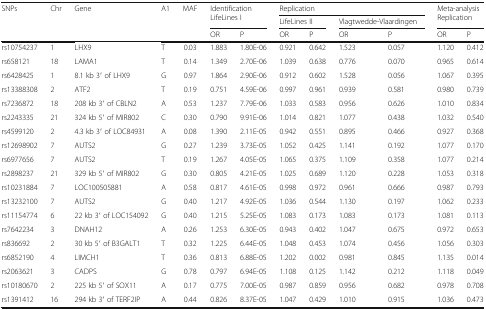
<table><thead><tr><td rowspan="3"><b>SNPs</b></td><td rowspan="3"><b>Chr</b></td><td rowspan="3"><b>Gene</b></td><td rowspan="3"><b>A1</b></td><td rowspan="3"><b>MAF</b></td><td rowspan="2" colspan="2"><b>Identification LifeLines I</b></td><td colspan="4"><b>Replication</b></td><td rowspan="2" colspan="2"><b>Meta-analysis Replication</b></td></tr><tr><td colspan="2"><b>LifeLines II</b></td><td colspan="2"><b>Vlagtwedde-Vlaardingen</b></td></tr><tr><td><b>OR</b></td><td><b>P</b></td><td><b>OR</b></td><td><b>P</b></td><td><b>OR</b></td><td><b>P</b></td><td><b>OR</b></td><td><b>P</b></td></tr></thead><tbody><tr><td>rs10754237</td><td>1</td><td>LHX9</td><td>T</td><td>0.03</td><td>1.883</td><td>1.80E-06</td><td>0.921</td><td>0.642</td><td>1.523</td><td>0.057</td><td>1.120</td><td>0.412</td></tr><tr><td>rs658121</td><td>18</td><td>LAMA1</td><td>T</td><td>0.14</td><td>1.349</td><td>2.70E-06</td><td>1.039</td><td>0.638</td><td>0.776</td><td>0.070</td><td>0.965</td><td>0.614</td></tr><tr><td>rs6428425</td><td>1</td><td>8.1 kb 3′ of LHX9</td><td>G</td><td>0.97</td><td>1.864</td><td>2.90E-06</td><td>0.912</td><td>0.602</td><td>1.528</td><td>0.056</td><td>1.067</td><td>0.395</td></tr><tr><td>rs13388308</td><td>2</td><td>ATF2</td><td>T</td><td>0.19</td><td>0.751</td><td>4.59E-06</td><td>0.997</td><td>0.961</td><td>0.939</td><td>0.581</td><td>0.980</td><td>0.739</td></tr><tr><td>rs7236872</td><td>18</td><td>208 kb 3′ of CBLN2</td><td>A</td><td>0.53</td><td>1.237</td><td>7.79E-06</td><td>1.033</td><td>0.583</td><td>0.956</td><td>0.626</td><td>1.010</td><td>0.834</td></tr><tr><td>rs2243335</td><td>21</td><td>324 kb 5′ of MIR802</td><td>C</td><td>0.30</td><td>0.790</td><td>9.91E-06</td><td>1.014</td><td>0.821</td><td>1.077</td><td>0.438</td><td>1.032</td><td>0.540</td></tr><tr><td>rs4599120</td><td>2</td><td>4.3 kb 3′ of LOC84931</td><td>A</td><td>0.08</td><td>1.390</td><td>2.11E-05</td><td>0.942</td><td>0.551</td><td>0.895</td><td>0.466</td><td>0.927</td><td>0.368</td></tr><tr><td>rs12698902</td><td>7</td><td>AUTS2</td><td>G</td><td>0.27</td><td>1.239</td><td>3.73E-05</td><td>1.052</td><td>0.425</td><td>1.141</td><td>0.192</td><td>1.077</td><td>0.170</td></tr><tr><td>rs6977656</td><td>7</td><td>AUTS2</td><td>T</td><td>0.19</td><td>1.267</td><td>4.05E-05</td><td>1.065</td><td>0.375</td><td>1.109</td><td>0.358</td><td>1.077</td><td>0.214</td></tr><tr><td>rs2898237</td><td>21</td><td>329 kb 5′ of MIR802</td><td>G</td><td>0.30</td><td>0.805</td><td>4.21E-05</td><td>1.025</td><td>0.689</td><td>1.120</td><td>0.228</td><td>1.053</td><td>0.318</td></tr><tr><td>rs10231884</td><td>7</td><td>LOC100505881</td><td>A</td><td>0.58</td><td>0.817</td><td>4.61E-05</td><td>0.998</td><td>0.972</td><td>0.961</td><td>0.666</td><td>0.987</td><td>0.793</td></tr><tr><td>rs13232100</td><td>7</td><td>AUTS2</td><td>G</td><td>0.40</td><td>1.217</td><td>4.92E-05</td><td>1.036</td><td>0.544</td><td>1.130</td><td>0.197</td><td>1.062</td><td>0.233</td></tr><tr><td>rs11154774</td><td>6</td><td>22 kb 3′ of LOC154092</td><td>G</td><td>0.40</td><td>1.215</td><td>5.25E-05</td><td>1.083</td><td>0.173</td><td>1.083</td><td>0.173</td><td>1.081</td><td>0.113</td></tr><tr><td>rs7642234</td><td>3</td><td>DNAH12</td><td>A</td><td>0.26</td><td>1.253</td><td>6.30E-05</td><td>0.943</td><td>0.402</td><td>1.047</td><td>0.675</td><td>0.972</td><td>0.653</td></tr><tr><td>rs836692</td><td>2</td><td>30 kb 5′ of B3GALT1</td><td>T</td><td>0.32</td><td>1.225</td><td>6.44E-05</td><td>1.048</td><td>0.453</td><td>1.074</td><td>0.456</td><td>1.056</td><td>0.303</td></tr><tr><td>rs6852190</td><td>4</td><td>LIMCH1</td><td>T</td><td>0.36</td><td>0.813</td><td>6.88E-05</td><td>1.202</td><td>0.002</td><td>0.981</td><td>0.845</td><td>1.135</td><td>0.014</td></tr><tr><td>rs2063621</td><td>3</td><td>CADPS</td><td>G</td><td>0.78</td><td>0.797</td><td>6.94E-05</td><td>1.108</td><td>0.125</td><td>1.142</td><td>0.212</td><td>1.118</td><td>0.049</td></tr><tr><td>rs10180670</td><td>2</td><td>225 kb 5′ of SOX11</td><td>A</td><td>0.17</td><td>0.775</td><td>7.00E-05</td><td>0.987</td><td>0.859</td><td>0.956</td><td>0.682</td><td>0.978</td><td>0.708</td></tr><tr><td>rs1391412</td><td>16</td><td>294 kb 3′ of TERF2IP</td><td>A</td><td>0.44</td><td>0.826</td><td>8.37E-05</td><td>1.047</td><td>0.429</td><td>1.010</td><td>0.915</td><td>1.036</td><td>0.473</td></tr></tbody></table>